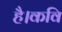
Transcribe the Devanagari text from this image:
है।कवि